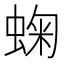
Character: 䗇